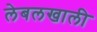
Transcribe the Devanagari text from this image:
लेबलखाली